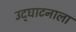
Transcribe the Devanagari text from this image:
उद्‌घाटनाला